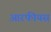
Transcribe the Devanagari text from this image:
आरफीयस